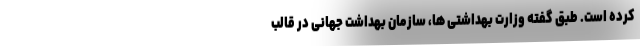
کرده است. طبق گفته وزارت بهداشتی ها، سازمان بهداشت جهانی در قالب